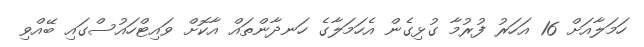
ހަމަލާއަށް 16 އަހަރު ފުރުމާ ގުޅިގެން އެހަމަލާގެ ހަނދާންތައް އާކޮށް ވައިޓްހައުސްގައި ބޭއްވި